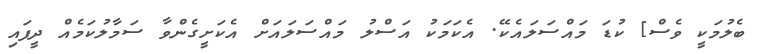
ބެލުމަކީ ވެސް] ކުޑަ މައްސަލައެކޭ. އެކަމަކު އަސްލު މައްސަލައަށް އެކަށީގެންވާ ސަމާލުކަމެއް ދީފައި